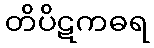
တိပိဋကဓရ